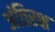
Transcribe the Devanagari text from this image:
अंतिरक्ष